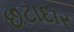
છટાદાર